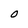
Character: O